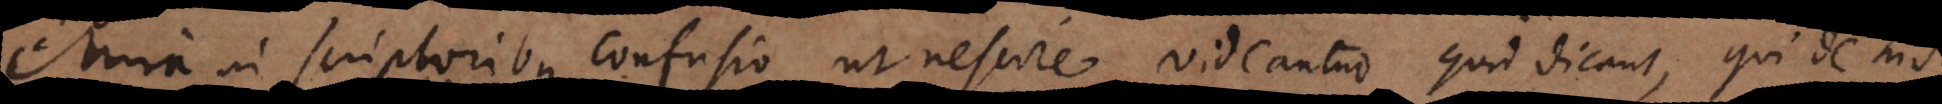
Mira in scriptoribus confusio, ut nescire videantur quid dicant, qui de his